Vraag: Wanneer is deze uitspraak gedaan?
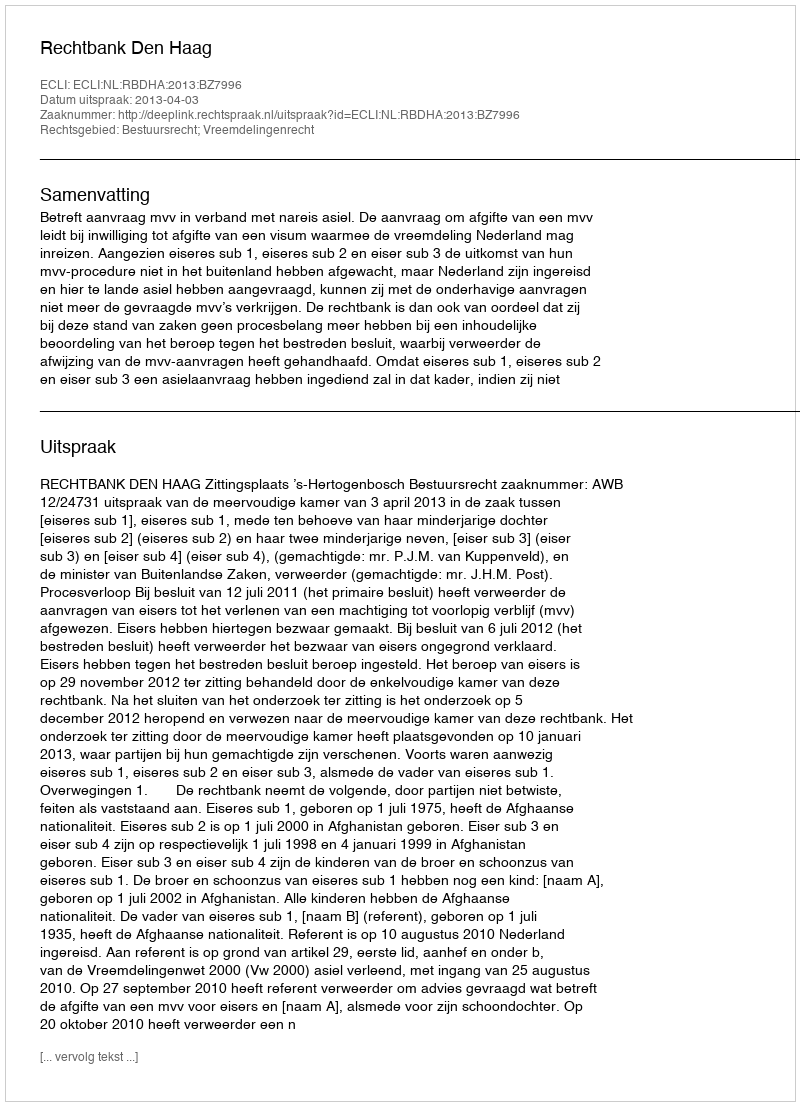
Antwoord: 2013-04-03